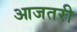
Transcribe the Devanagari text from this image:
आजतरी